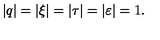
| q | = | \xi | = | \tau | = | \varepsilon | = 1 .